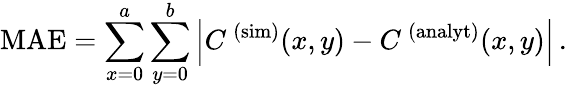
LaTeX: \mathrm{MAE}=\sum_{x=0}^{a}\sum_{y=0}^{b}\Big|C^{\, (\mathrm{sim})}(x,y)-C^{\, (\mathrm{analyt})}(x,y)\Big|\, .